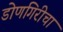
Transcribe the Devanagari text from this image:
डोणगिरीचा